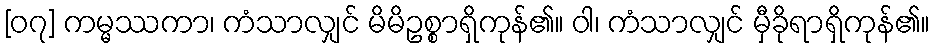
[၀၇] ကမ္မဿကာ၊ ကံသာလျှင် မိမိဥစ္စာရှိကုန်၏။ ဝါ၊ ကံသာလျှင် မှီခိုရာရှိကုန်၏။